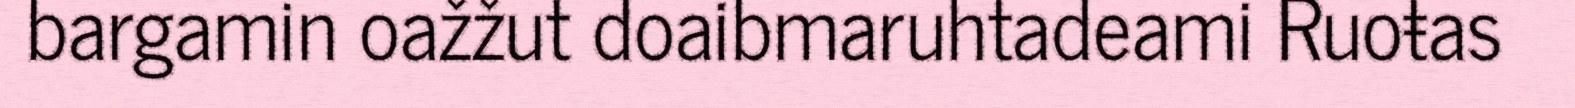
bargamin oažžut doaibmaruhtadeami Ruoŧas